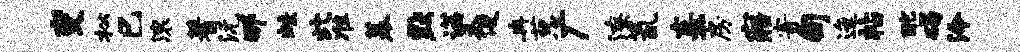
变松巳滚蓍沅那蛙此准幕默诺禾便冉葱广潦氤熹房寤寄甸迤帖酡碣泠